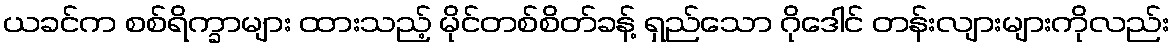
ယခင်က စစ်ရိက္ခာများ ထားသည့် မိုင်တစ်စိတ်ခန့် ရှည်သော ဂိုဒေါင် တန်းလျားများကိုလည်း